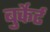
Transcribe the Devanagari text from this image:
बुर्केर्ट